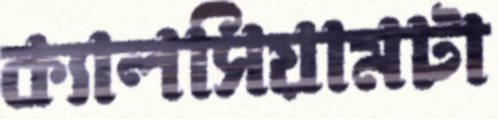
ক্যালসিয়ামটা